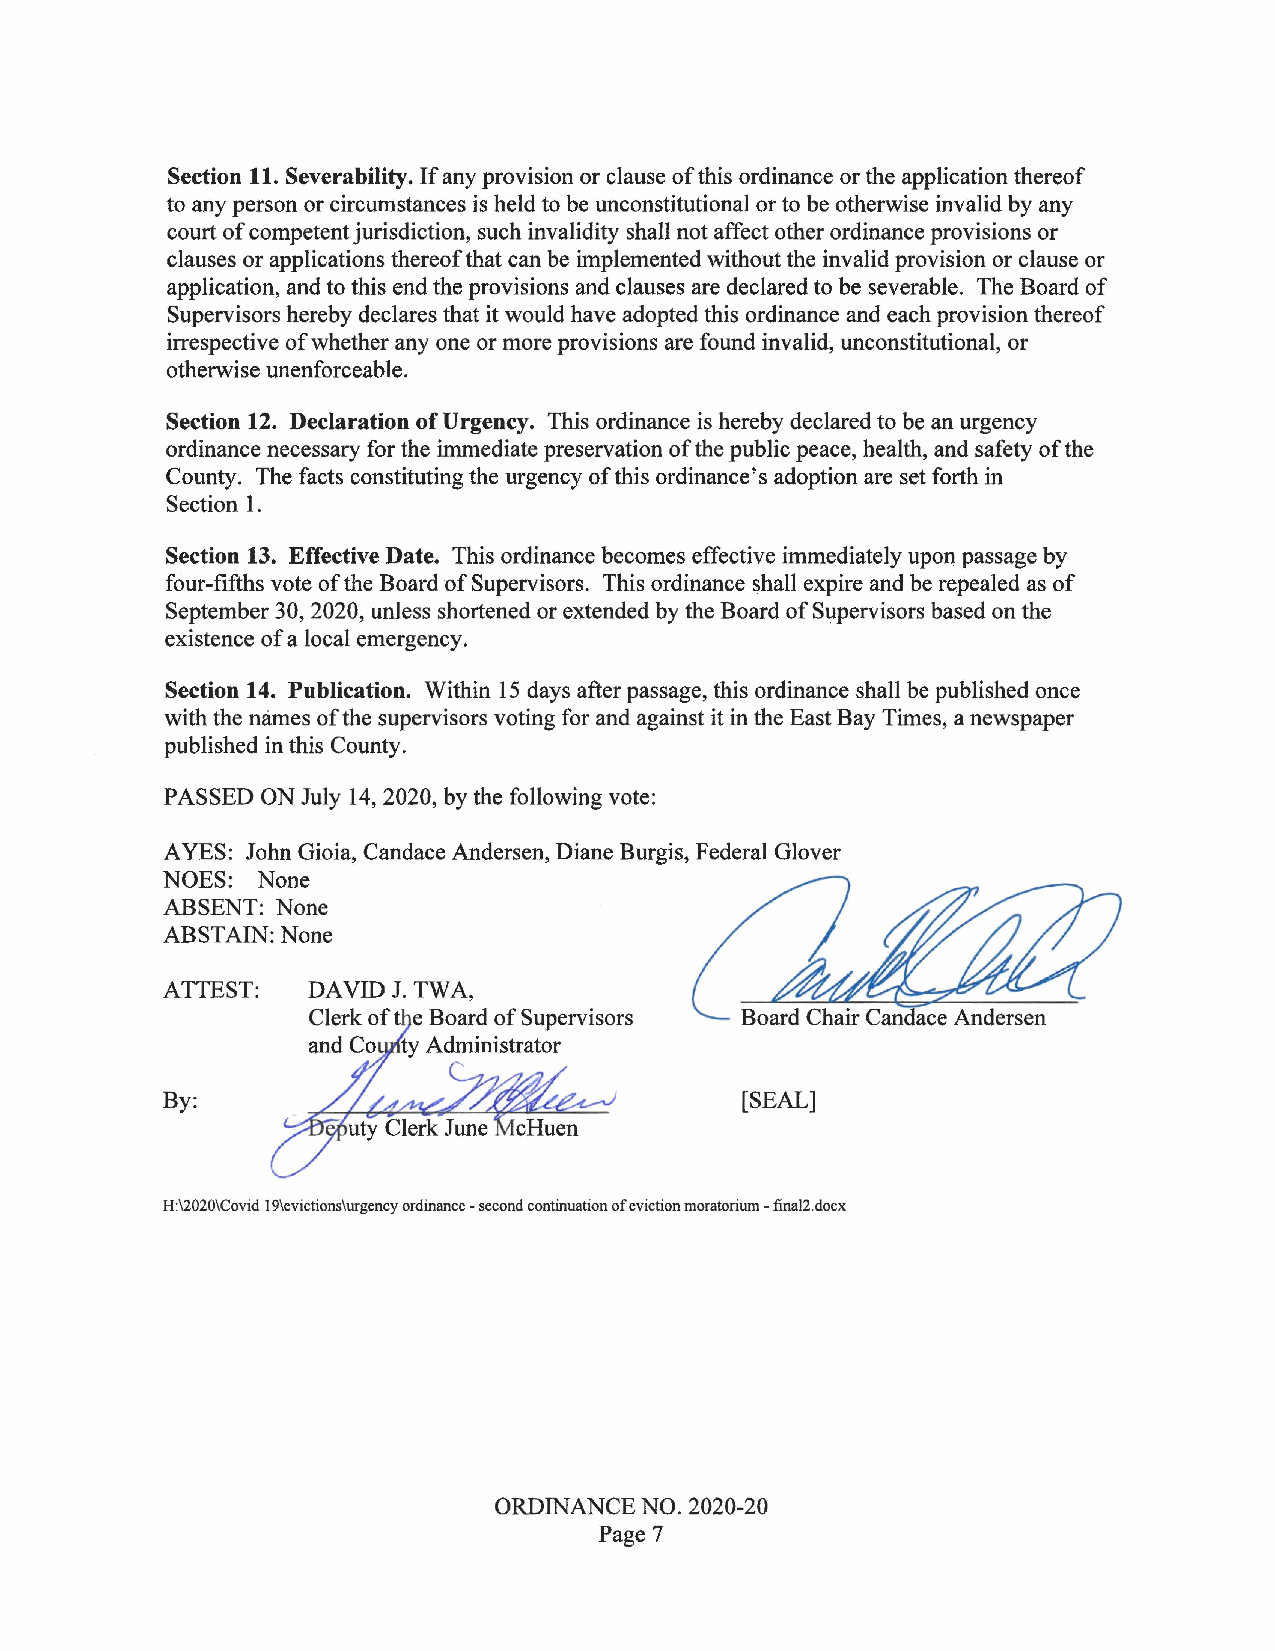
Section 11. Severability. If any provision or clause of this ordinance or the application thereof
 to any person or circumstances is held to be unconstitutional or to be otherwise invalid by any
 court of competent jurisdiction, such invalidity shall not affect other ordinance provisions or
 clauses or applications thereof that can be implemented without the invalid provision or clause or
 application, and to this end the provisions and clauses are declared to be severable. The Board of
 Supervisors hereby declares that it would have adopted this ordinance and each provision thereof
 irrespective of whether any one or more provisions are found invalid, unconstitutional, or
 otherwise unenforceable.
 Section 12. Declaration of Urgency. This ordinance is hereby declared to be an urgency
 ordinance necessary for the immediate preservation of the public peace, health, and safety of the
 County. The facts constituting the urgency of this ordinance's adoption are set forth in
 Section 1.
 Section 13. Effective Date. This ordinance becomes effective immediately upon passage by
 four-fifths vote of the Board of Supervisors. This ordinance shall expire and be repealed as of
 September 30, 2020, unless shortened or extended by the Board of Supervisors based on the
 existence of a local emergency.
 Section 14. Publication. Within 15 days after passage, this ordinance shall be published once
 with the names of the supervisors voting for and against it in the East Bay Times, a newspaper
 published in this County.
 PASSED ON July 14, 2020, by the following vote:
 AYES: John Gioia, Candace Andersen, Diane Burgis, Federal Glover
 NOES: None
 ~L2?
 ABSENT: None
 ABSTAIN: None
 ATTEST:   DAVID J. TWA,
 Clerk oft e Board of Supervisors Board Chair Candace Andersen
 and Co ty Administrator
 By:                                   [SEAL]
 H:\2020\Covid 19\evictions\urgency ordinance -second continuation of eviction moratorium -final2.docx
 ORDINANCE NO. 2020-20
 Page 7